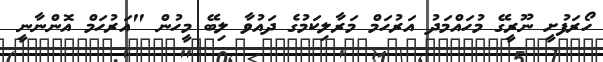
ހޯރަފުށީ ނޫރީގޭ މުހައްމަދު އަރުހަމް މަރާލިކަމުގެ ދައުވާ ލިބޭ މީހުން "އަރުހަމް އޮންނާނީ